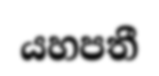
යහපතී